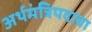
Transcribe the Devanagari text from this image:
अर्थमंत्रिपदाचा